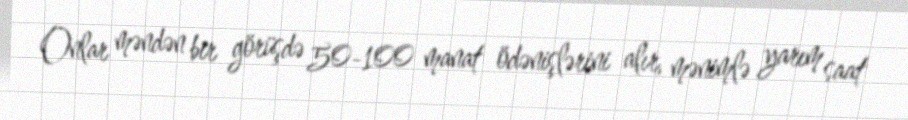
Onlar məndən bir görüşdə 50-100 manat ödənişlərini alır, mənimlə yarım saat